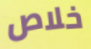
خلاص